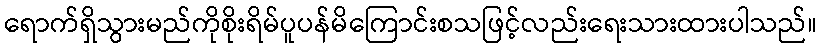
ရောက်ရှိသွားမည်ကိုစိုးရိမ်ပူပန်မိကြောင်းစသဖြင့်လည်းရေးသားထားပါသည်။